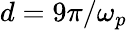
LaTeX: d=9\pi/\omega_{p}